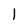
Character: l